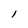
Character: 1